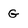
Character: G